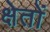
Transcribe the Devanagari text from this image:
क्षेतों